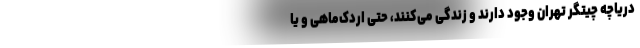
دریاچه چیتگر تهران وجود دارند و زندگی می‌کنند، حتی اردک‌ماهی و یا